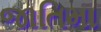
જાતિમા